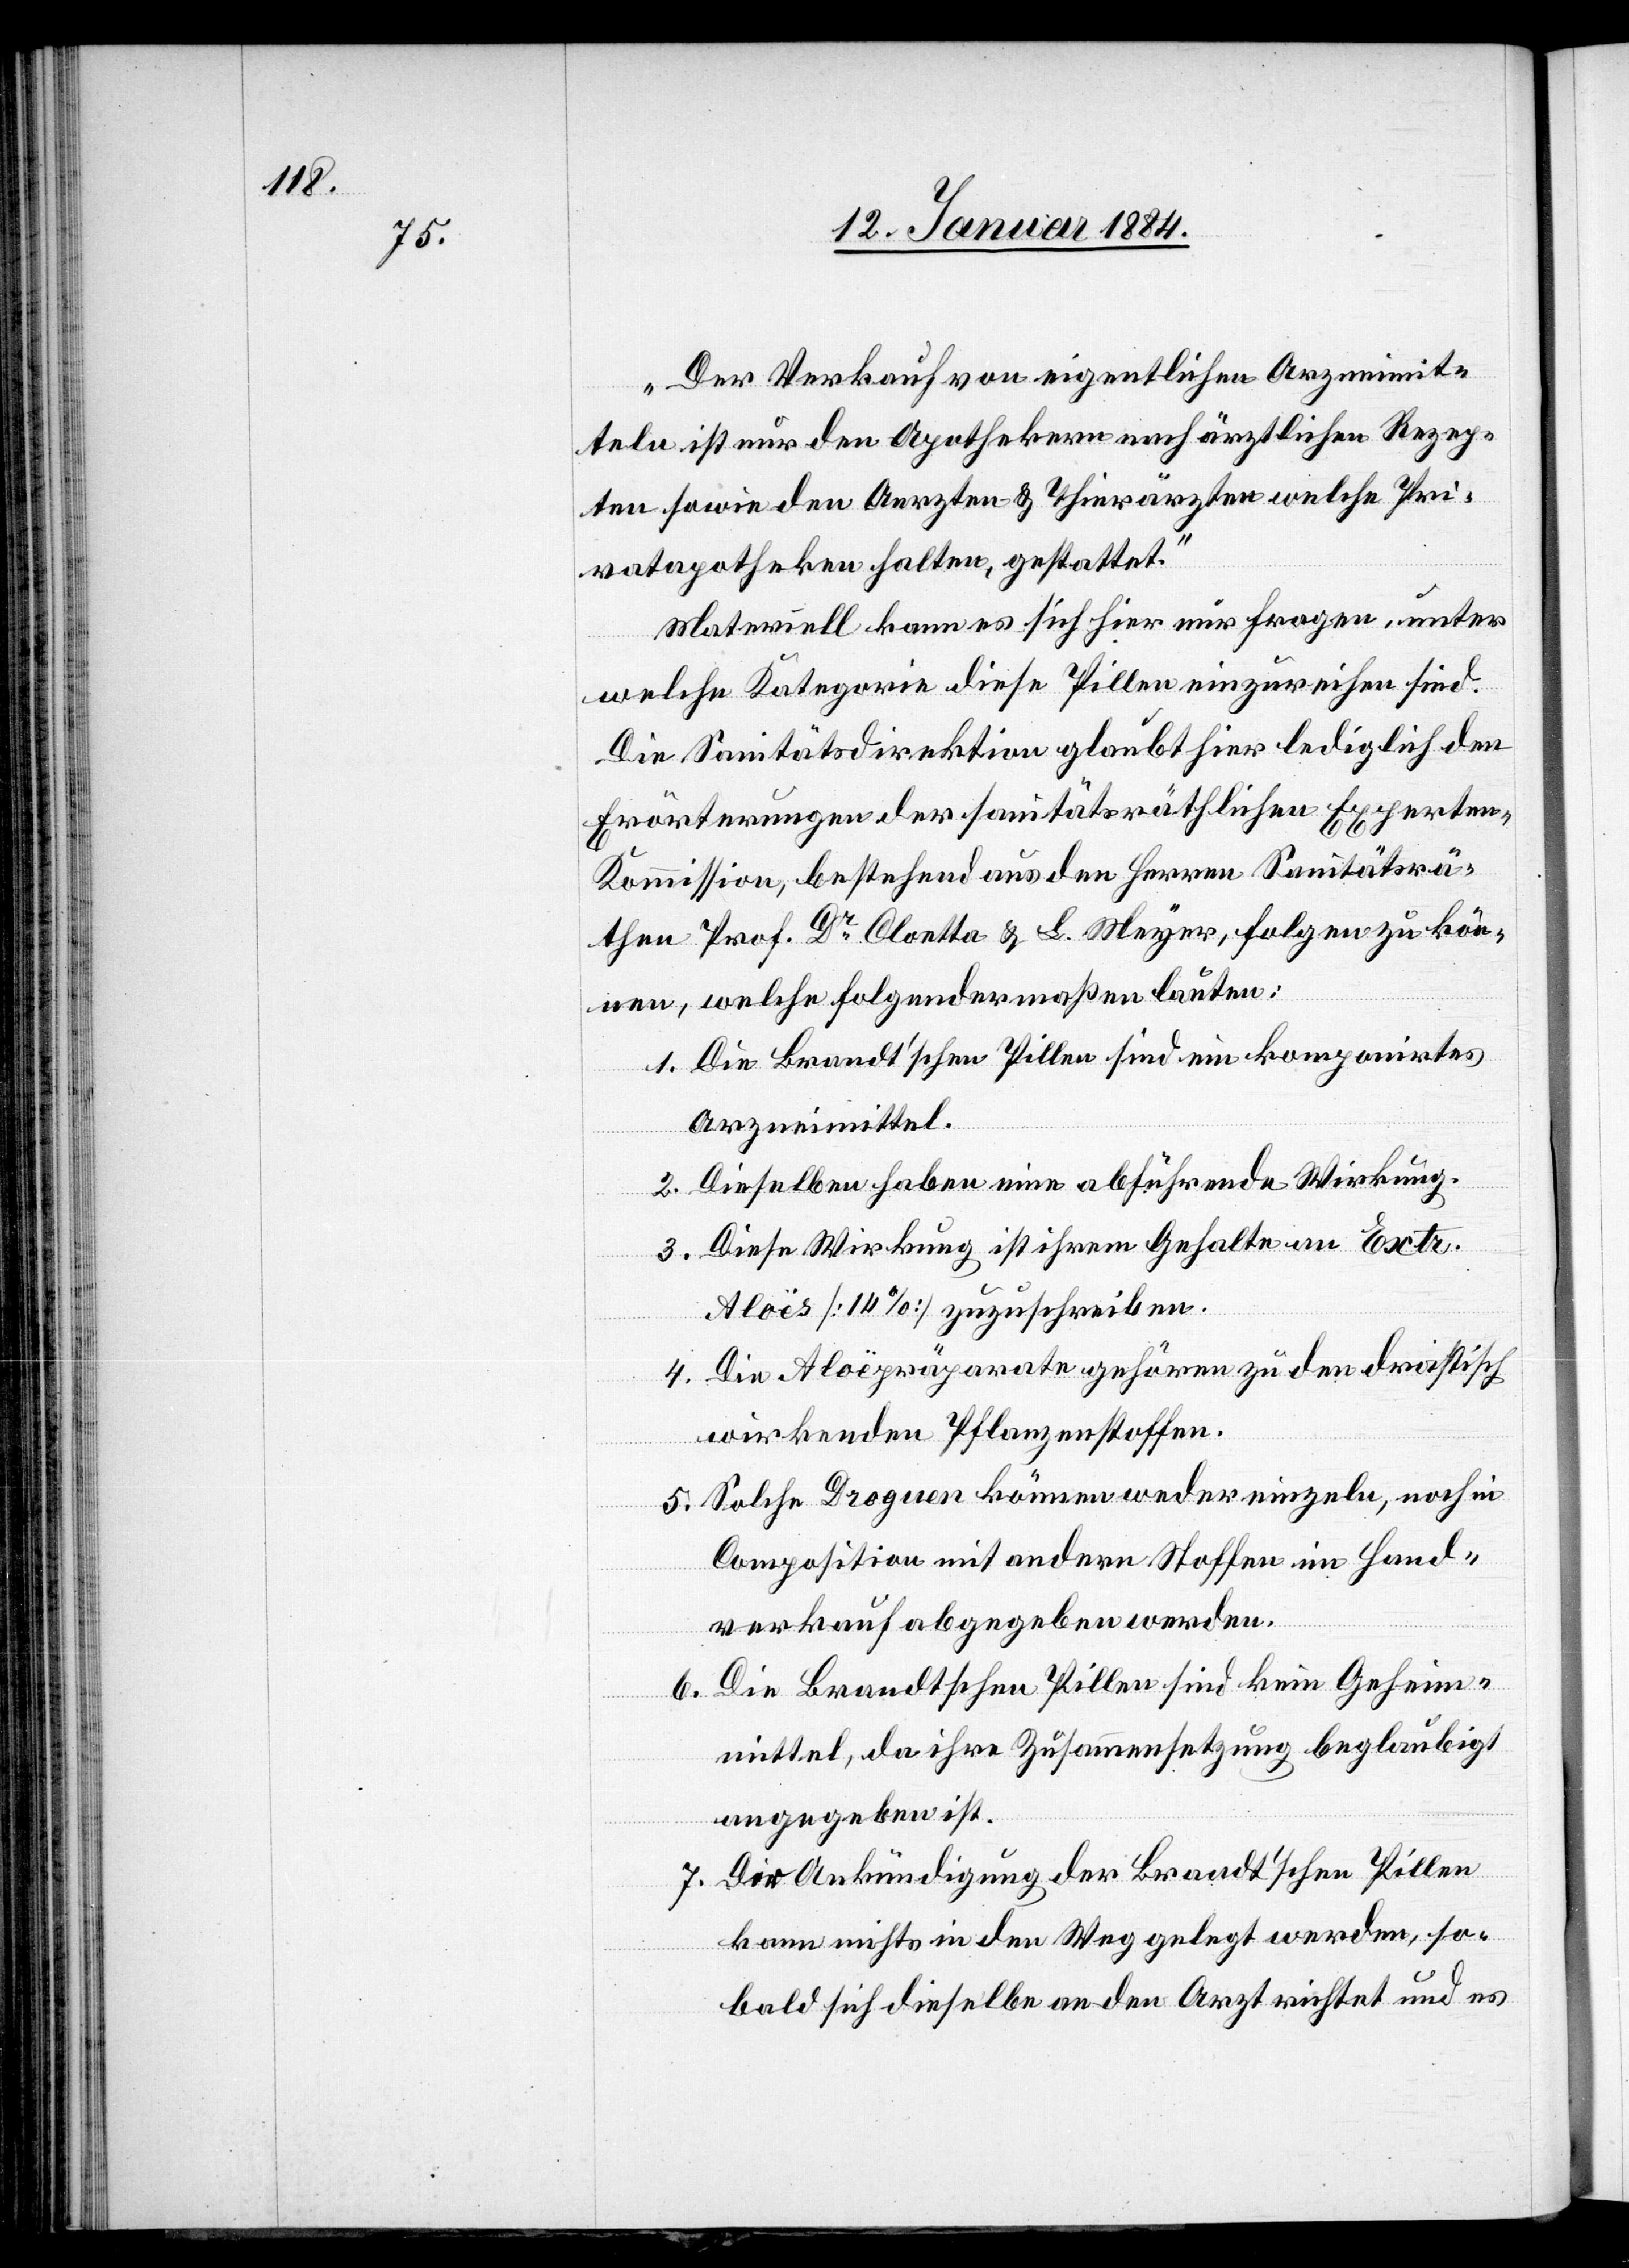
„Der Verkauf von eigentlichen Arzneimit¬
teln ist nur den Apotheken nach ärztlichen Rezep¬
ten sowie den Aerzten & Thierärzten welche Pri¬
vatapotheken halten, gestattet.“
Materiell kann es sich hier nur fragen, unter
welche Kategorien diese Pillen einzureihen sind.
Die Sanitätsdirektion glaubt hier lediglich den
Erörterungen der sanitätsräthlichen Experten-K¬
ommission, bestehend aus den Herren Sanitätsrä¬
the Prof. Dr Cloetta & Meyer, folgen zu kön¬
nen, welche folgendermaßen lauten:
1. Die Brandt’schen Pillen sind ein komponirtes
Arzneimittel.
2. Dieselben haben eine abführende Wirkung.
3. Diese Wirkung ist ihrem Gehalte an Extr.
Aloës [14%] zuzuschreiben.
4. Die Aloëpräparate gehören zu den drastisch
wirkenden Pflanzenstoffen.
5. Solche Drogen können weder einzeln, noch in
Composition mit andern Stoffen im Hand¬
verkauf abgegeben werden.
6. Die Brandt’schen Pillen sind kein Geheim¬
mittel, da ihre Zusammensetzung beglaubigt
angegeben ist.
7. Der Ankündigung der Brandt’schen Pillen
kann nichts in den Weg gelegt werden, so¬
bald sich dieselbe an den Arzt richtet und es